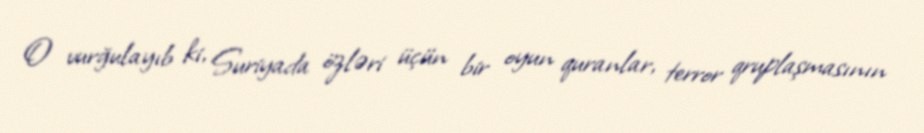
O vurğulayıb ki, Suriyada özləri üçün bir oyun quranlar, terror qruplaşmasının